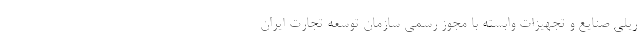
ریلی صنایع و تجهیزات وابسته با مجوز رسمی سازمان توسعه تجارت ایران